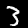
Label: 3